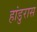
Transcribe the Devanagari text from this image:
हांडुरास